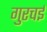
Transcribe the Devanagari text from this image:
गुरचई